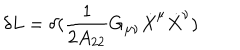
LaTeX: \delta L = \delta ( \frac { 1 } { 2 A _ { 2 2 } } G _ { \mu \nu } \dot { X } ^ { \mu } \dot { X } ^ { \nu } )